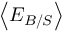
\left< E _ { B / S } \right>